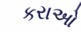
કરાઓ